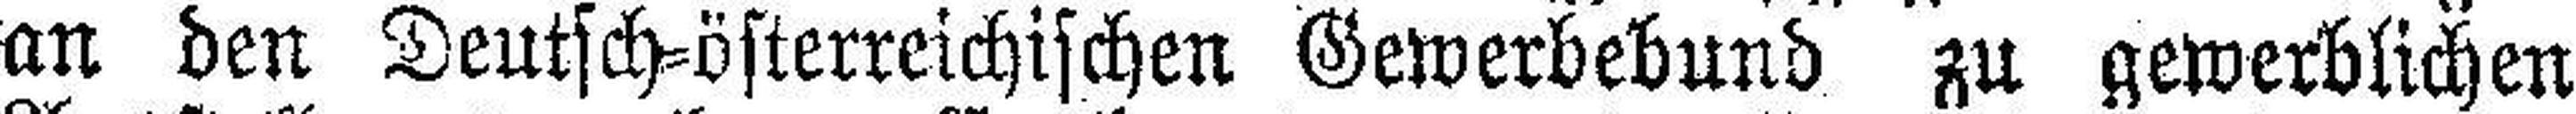
an den Deutsch=österreichischen Gewerbebund zu gewerblichen